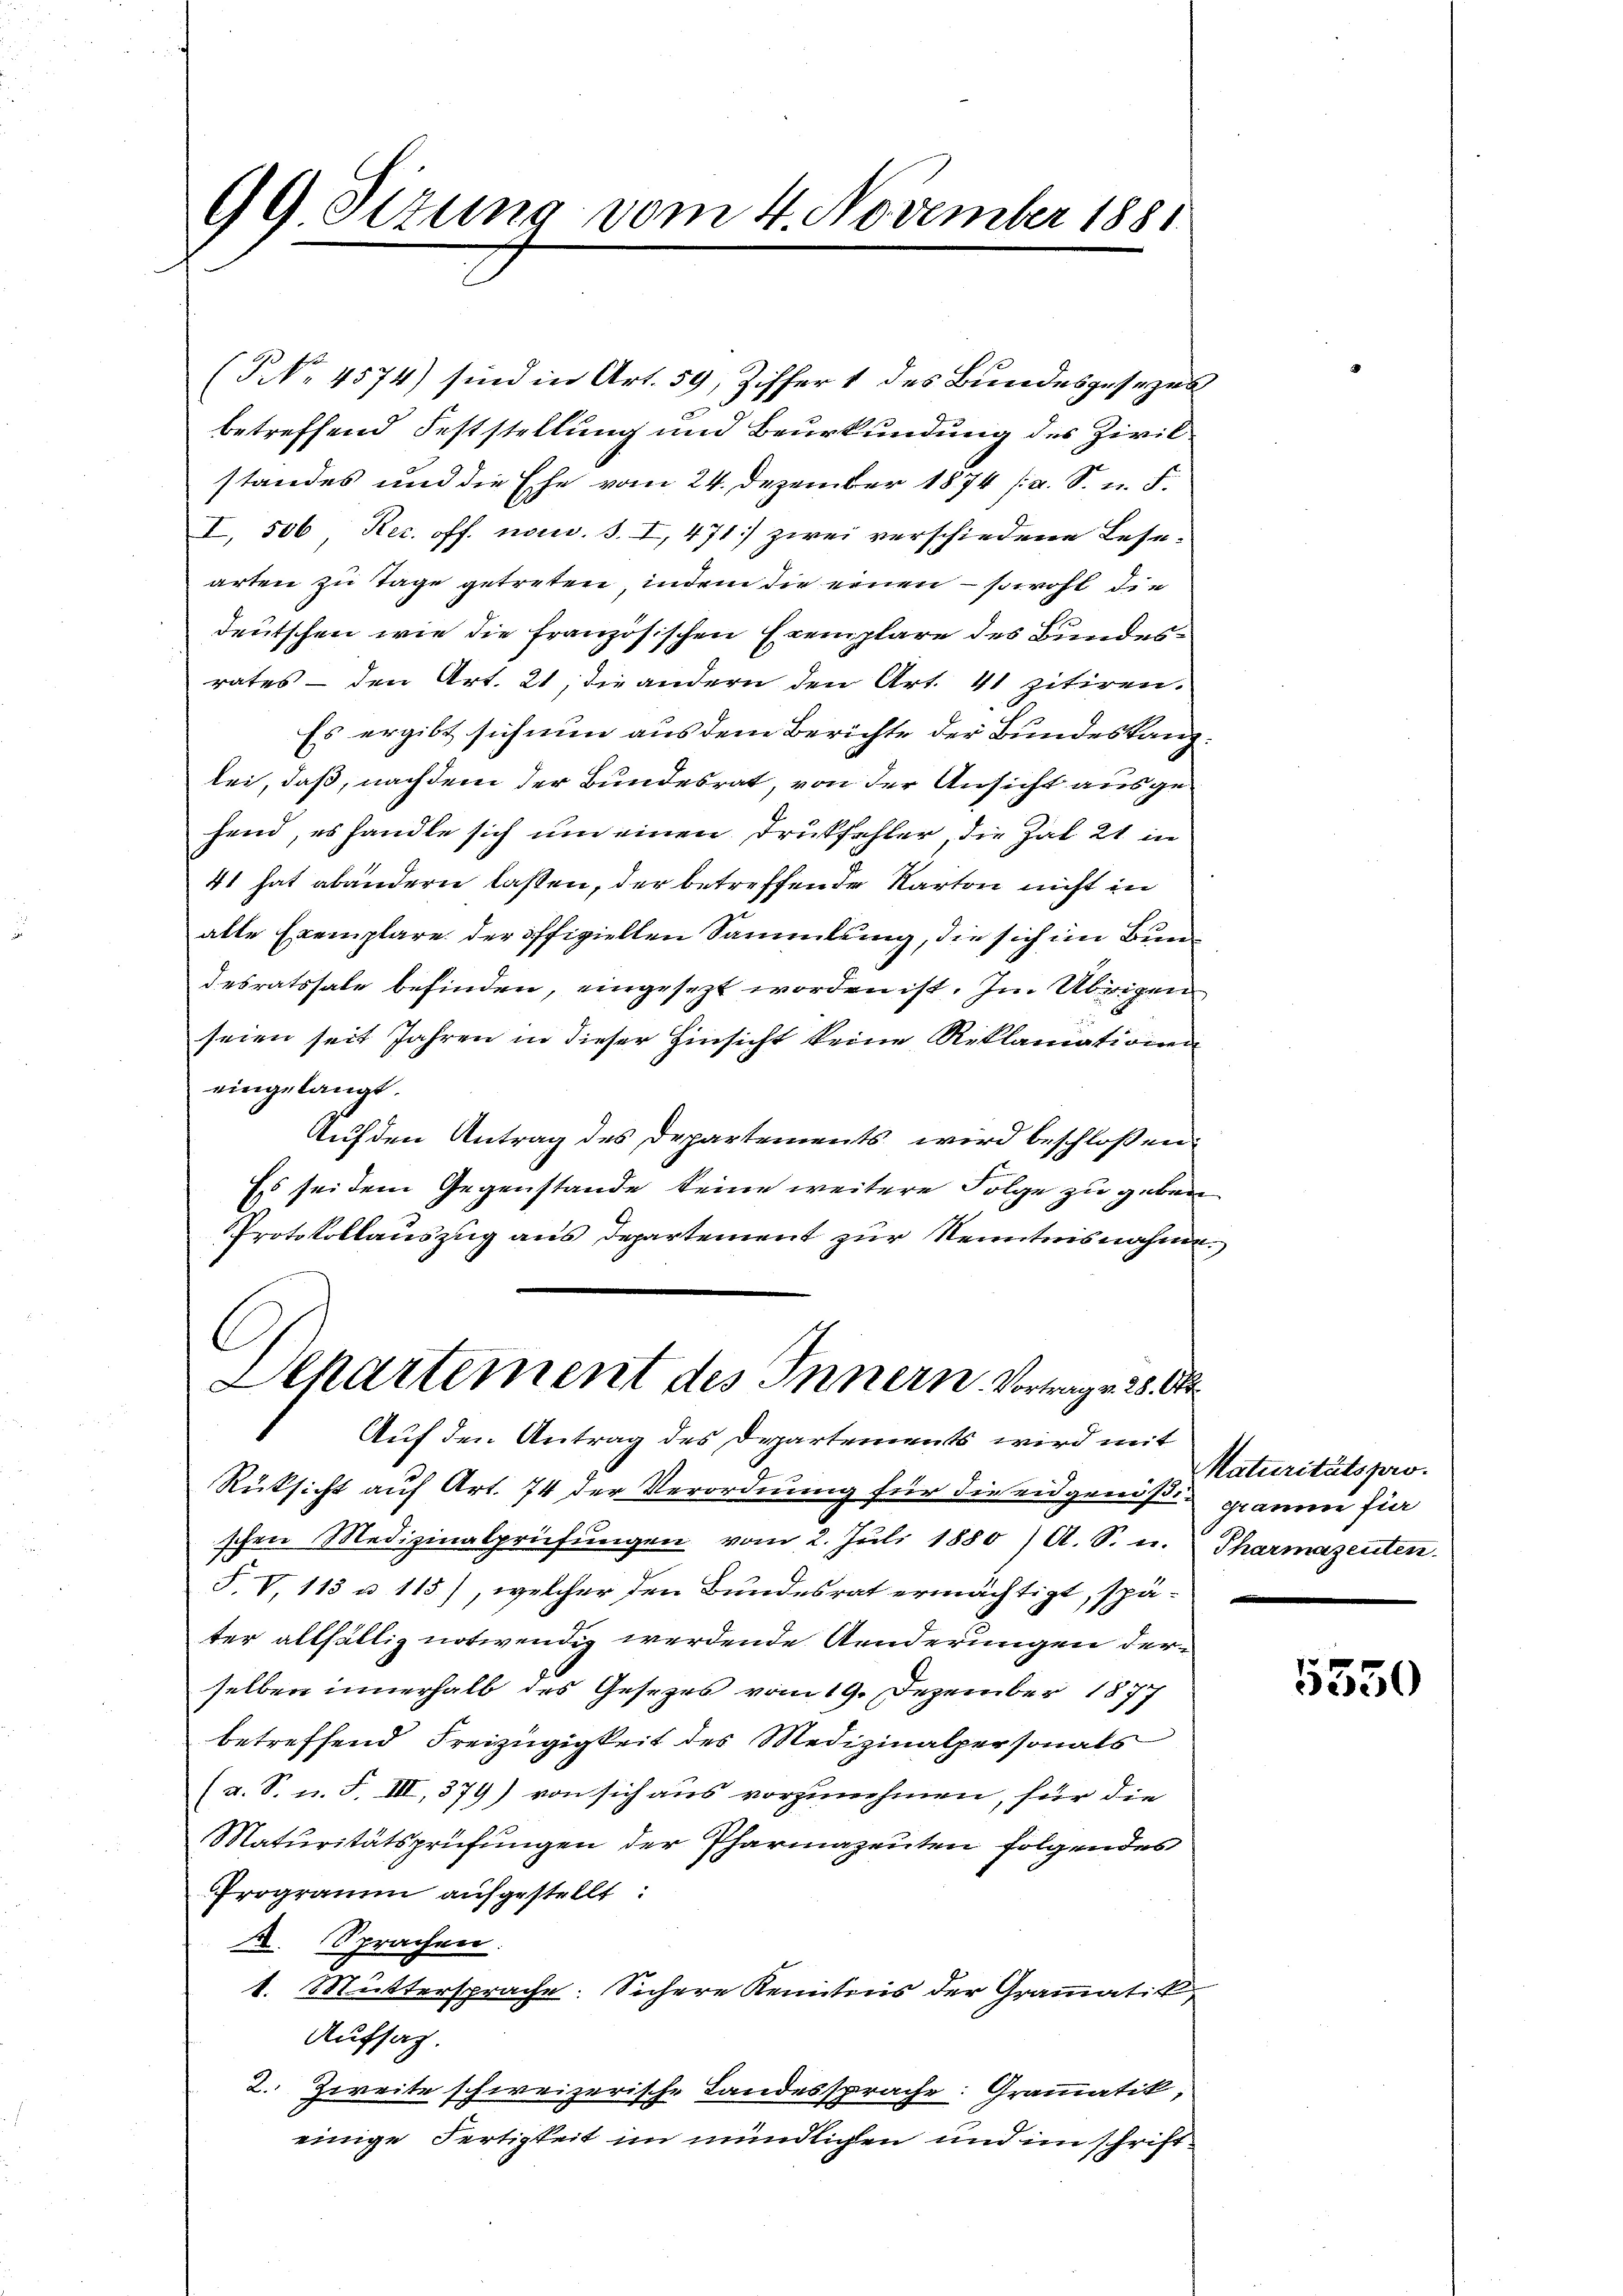
99 Sizung vom 4. November 1881

(NNo. 4574) sind in Art. 59, Ziffer 1 des Bundesgesezes
betreffend Feststellung und Beurkundung des Zivilstandes und die Ehe vom 24. Dezember 1874 (a. S. u. F.
I, 506, Rec. off. nom. S. I, 471] zwei verschiedene Lese-
arten zu Tage getreten, indem die einen – sowohl die
deutschen wie die französischen Exemplare des Bundesrates — den Art. 21, die andern den Art. 41 zitiren.
Es ergibt sich nun aus dem Berichte der Bundeskanz
lei, daß, nachdem der Bundesrat, von der Ansicht ausgehend, es handle sich um einen Druckfehler, die hat 21 in
41 hat abändern lassen, der betreffende Karton nicht in
alte Exemplare der offiziellen Sammlung, die sich im Bundesratssale befinden, eingesezt worden ist. Im Übrigen
5
seien seit Jahren in dieser Hinsicht keine Reklamiationen
eingelangt.
Auf den Antrag des Departements wird beschloßen:
Es sei dem Gegenstande keine weitere Folge zu geben
Protokollauszug aus Departement zur Kenntnisnahme
Departement des Innern Vortrage 28. Okt
Auf den Antrag des Departements wird mit
Rüksicht auf Art. 74 der Verordnung für die eidgenößig graume fie
schen Medizinalprüfŭngen vom 2. Juli 1880) A. S. u.
F. V, 113 u. 115), welcher den Bundesrat ermächtigt, später allfällig notwendig werdende Aenderungen derselben innerhalb des Gesetzes vom 19. Dezember 1877
betreffend Freizügigkeit des Medizinalpersonats
(a. S. u. F. III, 379) von sich aus vorzunehmen, für die
Maturitätsprüfungen der Pharmazenten folgendes
Programm aufgestellt:
A. Sprachen.
1. Muttersprache: Sichere Kenntnis der Grammatik,
Aufsatz.
2. Zweite schweizerische Landessprache: Grammatik,
einige Fertigkeit im mündlichen und im schrift¬

Maturitätspro
Pharmazenten.

5550